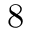
8